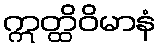
ဣတ္ထိဝိမာနံ